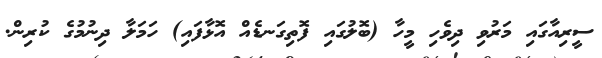
ސީރިއާގައި މަރުވި ދިވެހި މީހާ (ބޮލުގައި ފޮތިގަނޑެއް އޮޅާފައި) ހަމަލާ ދިނުމުގެ ކުރިން.